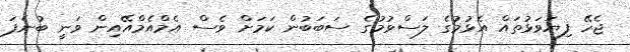
ޖެހޭ ފިޔަވަޅުތައް އެޅުމުގެ ލަސްވުމުގެ ސަބަބުން ކަމަށް ވެސް އެމްއެމްއޭއިން ވަނީ ބުނެފަ